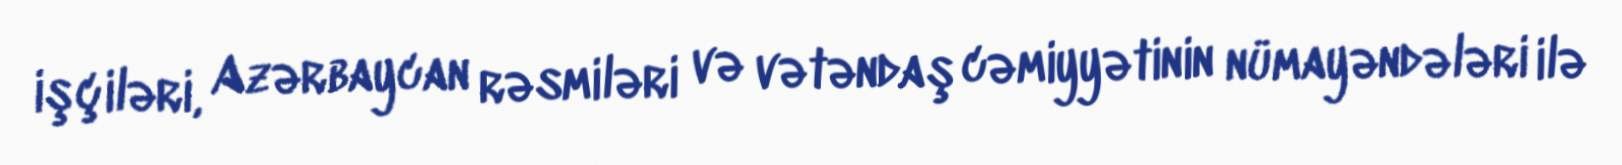
işçiləri, Azərbaycan rəsmiləri və vətəndaş cəmiyyətinin nümayəndələri ilə